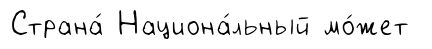
Страна́ Национа́льный мо́жет